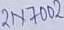
Text: 2N700